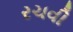
રચવી